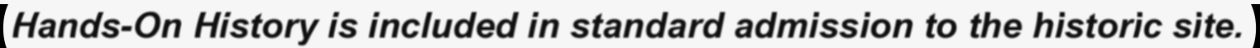
Hands-On History is included in standard admission to the historic site.